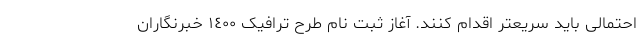
احتمالی باید سریعتر اقدام کنند. آغاز ثبت نام طرح ترافیک ١٤٠٠ خبرنگاران